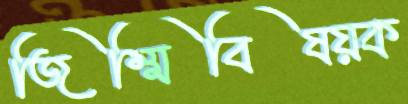
জিম্মিবিষয়ক